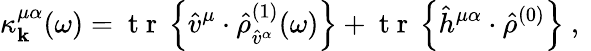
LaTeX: \kappa_{\mathbf{k}}^{\mu\alpha}(\omega)=\mathrm{~t~r~}\left\{ \hat{v}^{\mu}\cdot\hat{\rho}_{\hat{v}^{\alpha}}^{(1)}(\omega)\right\} +\mathrm{~t~r~}\left\{ \hat{h}^{\mu\alpha}\cdot\hat{\rho}^{(0)}\right\} \mathrm{~,~}